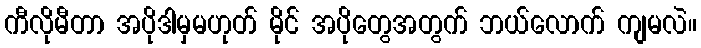
ကီလိုမီတာ အပိုဒါမှမဟုတ် မိုင် အပိုတွေအတွက် ဘယ်လောက် ကျမလဲ။